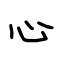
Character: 心